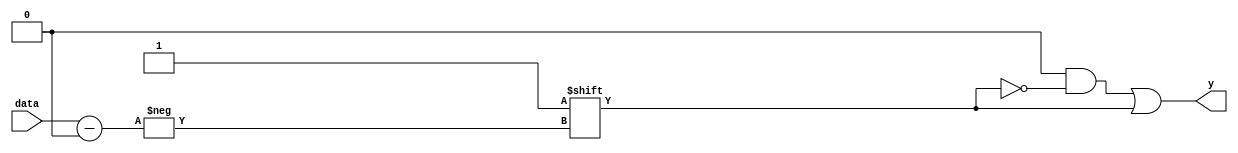
`timescale 1ns / 1ps
//////////////////////////////////////////////////////////////////////////////////
// Company: 
// Engineer: 
// 
// Design Name: 
// Module Name: decoder
// Project Name: 
// Target Devices: 
// Tool Versions: 
// Description: 
// 
// Dependencies: 
// 
// Revision:
// Revision 0.01 - File Created
// Additional Comments:
// 
//////////////////////////////////////////////////////////////////////////////////


module decoder(input [2:0]data, output reg [7:0]y);

    always @ (data) begin
        y = 0;
        y[data] = 1;
    end

endmodule